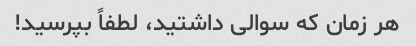
هر زمان که سوالی داشتید، لطفاً بپرسید!